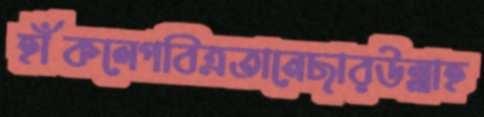
হাঁকলেপবিত্রতানেছারউল্লাহ